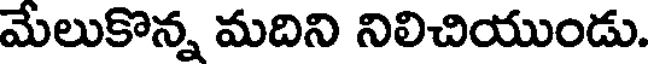
మేలుకొన్న మదిని నిలిచియుండు.